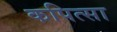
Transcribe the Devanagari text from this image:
कपित्सा